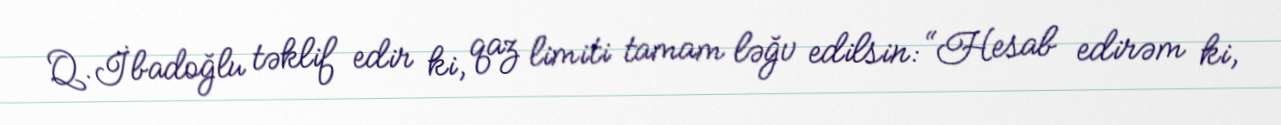
Q.İbadoğlu təklif edir ki, qaz limiti tamam ləğv edilsin: “Hesab edirəm ki,